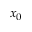
x _ { 0 }